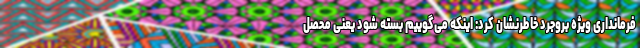
فرمانداری ویژه بروجرد خاطرنشان کرد: اینکه می‌گوییم بسته شود یعنی محصل